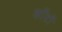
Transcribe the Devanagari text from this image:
कॉँटों